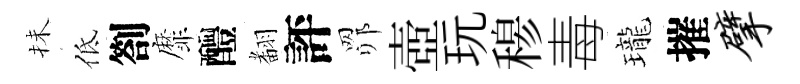
抺低劄靡醴𮋒評𦊑壺玩𥠇毒瓏摧擘